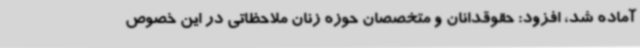
آماده شد، افزود: حقوقدانان و متخصصان حوزه زنان ملاحظاتی در این خصوص